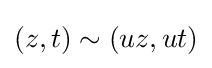
(z,t)\sim (uz,ut)